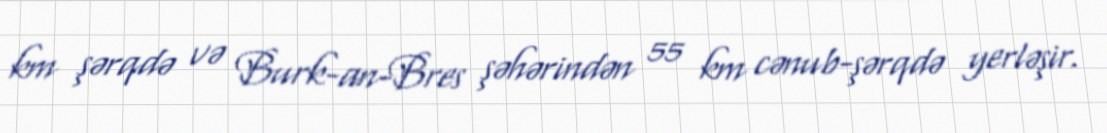
km şərqdə və Burk-an-Bres şəhərindən 55 km cənub-şərqdə yerləşir.